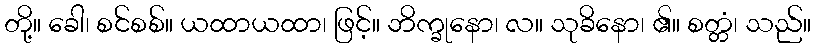
တို့။ ခေါ၊ စင်စစ်။ ယထာယထာ၊ ဖြင့်။ ဘိက္ခုနော၊ လ။ သုခိနော၊ ၏။ စတ္တံ၊ သည်။